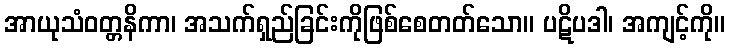
အာယုသံဝတ္တနိကာ၊ အသက်ရှည်ခြင်းကိုဖြစ်စေတတ်သော။ ပဋိပဒါ၊ အကျင့်ကို။